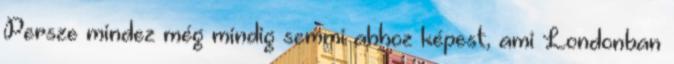
Persze mindez még mindig semmi ahhoz képest, ami Londonban